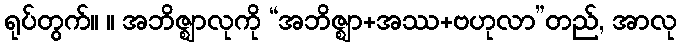
ရုပ်တွက်။ ။ အဘိဇ္ဈာလုကို “အဘိဇ္ဈာ+အဿ+ဗဟုလာ”တည်, အာလု